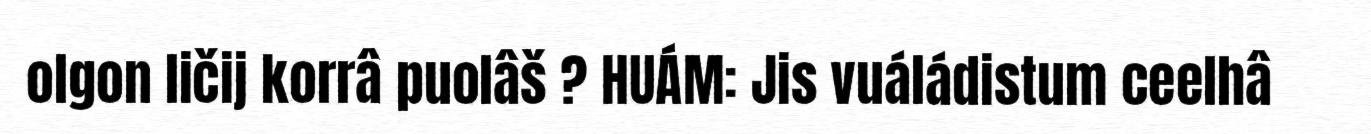
olgon ličij korrâ puolâš ? HUÁM: Jis vuáládistum ceelhâ